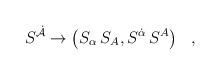
LaTeX: \begin{align*} S^{\dot{\cal A}} \rightarrow \left(S_\alpha\,S_A, S^{\dot\alpha}\,S^A\right)~~,\end{align*}